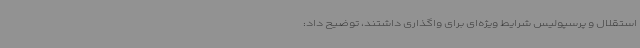
استقلال و پرسپولیس شرایط ویژه‌ای برای واگذاری داشتند، توضیح داد: